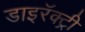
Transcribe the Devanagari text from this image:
डाइरॅक्ट्री